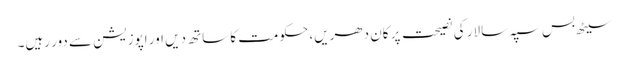
سیٹھ بس سپہ سالار کی نصیحت پر کان دھریں، حکومت کا ساتھ دیں اور اپوزیشن سے دور رہیں۔